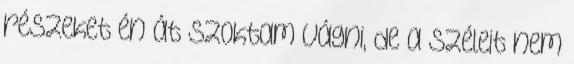
részeket én át szoktam vágni, de a széleit nem